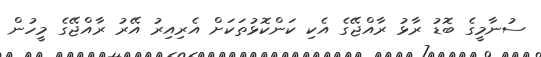
ސުނާމީގެ ބޮޑު ރާޅު ރާއްޖޭގެ އެކި ކަންކޮޅުތަކަށް އެރިއިރު އޭރު ރާއްޖޭގެ މީހުން